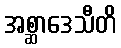
အစ္ဆာဒေသီတိ